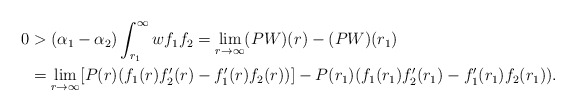
\begin{align*} 0&> (\alpha_1 - \alpha_2 ) \int_{r_1}^{\infty} w f_1 f_2 = \underset{r\to \infty}{\lim}(PW)(r) - (PW)(r_1)\\& = \underset{r\to \infty}{\lim}[P(r) (f_1(r) f_2'(r) - f_1'(r) f_2(r) )] - P(r_1) (f_1(r_1) f_2'(r_1) - f_1'(r_1) f_2(r_1) ).\end{align*}